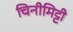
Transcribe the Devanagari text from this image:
चिनीमिट्टी